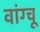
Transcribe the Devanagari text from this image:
वांग्चू